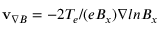
{ \bf v } _ { \nabla B } = - 2 T _ { e } / ( e B _ { x } ) \nabla l n B _ { x }